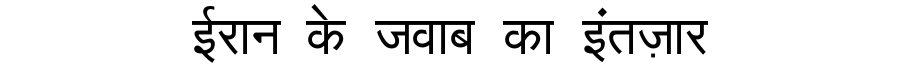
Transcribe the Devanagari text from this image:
ईरान के जवाब का इंतज़ार